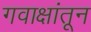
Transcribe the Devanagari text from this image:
गवाक्षांतून